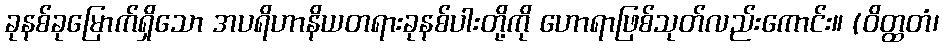
ခုနစ်ခုမြောက်ရှိသော အပရိဟာနိယတရားခုနစ်ပါးတို့ကို ဟောရာဖြစ်သုတ်လည်းကောင်း။ (ဝိတ္ထတံ၊